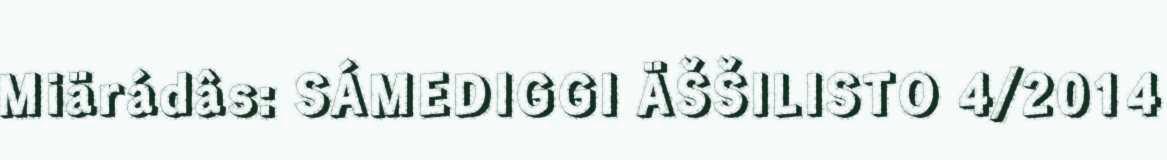
Miärádâs: SÁMEDIGGI ÄŠŠILISTO 4/2014